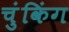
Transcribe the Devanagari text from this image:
चुंकिंग